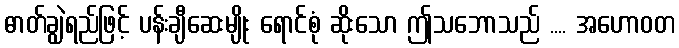
ဓာတ်ချွဲရည်ဖြင့် ပန်းချီဆေးမျိုး ရောင်စုံ ဆိုးသော ဤသဘောသည် .... အဟောဝတ